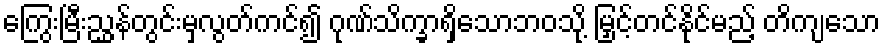
ကြွေးမြီးညွှန်တွင်းမှလွတ်ကင်၍ ဂုဏ်သိက္ခာရှိသောဘဝသို့ မြှင့်တင်နိုင်မည့် တိကျသော